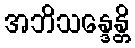
အဘိသန္ဒေန္တိ